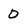
Character: D